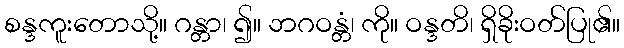
စန္ဒကူးတောသို့။ ဂန္တာ၊ ၍။ ဘဂဝန္တံ၊ ကို။ ဝန္ဒတိ၊ ရှိခိုးဝတ်ပြု၏။